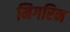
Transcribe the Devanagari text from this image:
मिगरिन